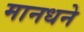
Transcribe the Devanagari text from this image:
मानधने